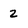
Character: 2